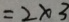
= 2 \times 3